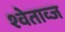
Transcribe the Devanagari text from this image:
श्वेताव्ज